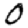
Digit: 0